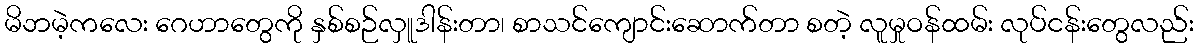
မိဘမဲ့ကလေး ဂေဟာတွေကို နှစ်စဉ်လှူဒါန်းတာ၊ စာသင်ကျောင်းဆောက်တာ စတဲ့ လူမှုဝန်ထမ်း လုပ်ငန်းတွေလည်း